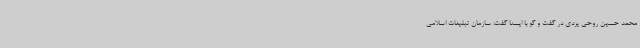
محمد حسین روحی یزدی در گفت و گو با ایسنا گفت: سازمان تبلیغات اسلامی